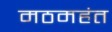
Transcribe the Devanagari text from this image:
मठमहंत